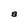
Character: a